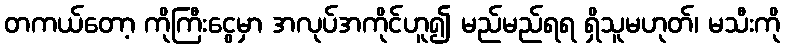
တကယ်တော့ ကိုကြီးငွေမှာ အလုပ်အကိုင်ဟူ၍ မည်မည်ရရ ရှိသူမဟုတ်၊ မသီးကို